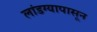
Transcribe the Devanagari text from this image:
लांडग्यापासून